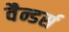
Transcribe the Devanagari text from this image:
वैन्डर्स